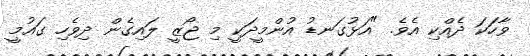
ވާހަކަ ދެއްކި އެވެ. "އަޅުގަނޑު އުންމީދަކީ މި ޖޯޒީ ލައިގެން ދިވެހި ގައުމީ